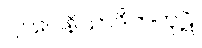
၂။ ဂေါနိသာဒိကကုဋိ၊